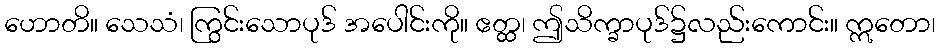
ဟောတိ။ သေသံ၊ ကြွင်းသောပုဒ် အပေါင်းကို။ ဧတ္ထ၊ ဤသိက္ခာပုဒ်၌လည်းကောင်း။ ဣတော၊